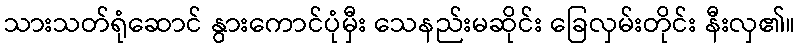
သားသတ်ရုံဆောင် နွားကောင်ပုံမှီး သေနည်းမဆိုင်း ခြေလှမ်းတိုင်း နီးလှ၏။